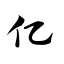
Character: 亿